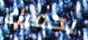
يحميك